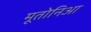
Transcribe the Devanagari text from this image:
मूतोनिआ